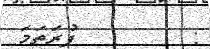
:         ފުރަތަމަ